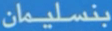
بنسليمان